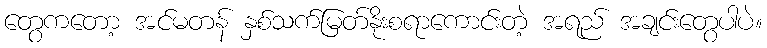
တွေကတော့ အင်မတန် နှစ်သက်မြတ်နိုးစရာကောင်းတဲ့ အရည် အချင်းတွေပါပဲ။